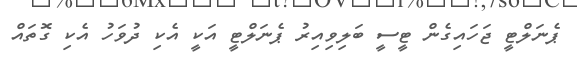
ޕެނަލްޓީ ޖަހައިގެން ޓީސީ ބަލިވިއިރު ޕެނަލްޓީ އަކީ އެކި ދުވަހު އެކި ގޮތައް